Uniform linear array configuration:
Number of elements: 4
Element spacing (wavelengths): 1
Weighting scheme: hann
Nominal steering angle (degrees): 30
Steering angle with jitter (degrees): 30.301
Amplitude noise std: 0.05
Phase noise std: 0.05

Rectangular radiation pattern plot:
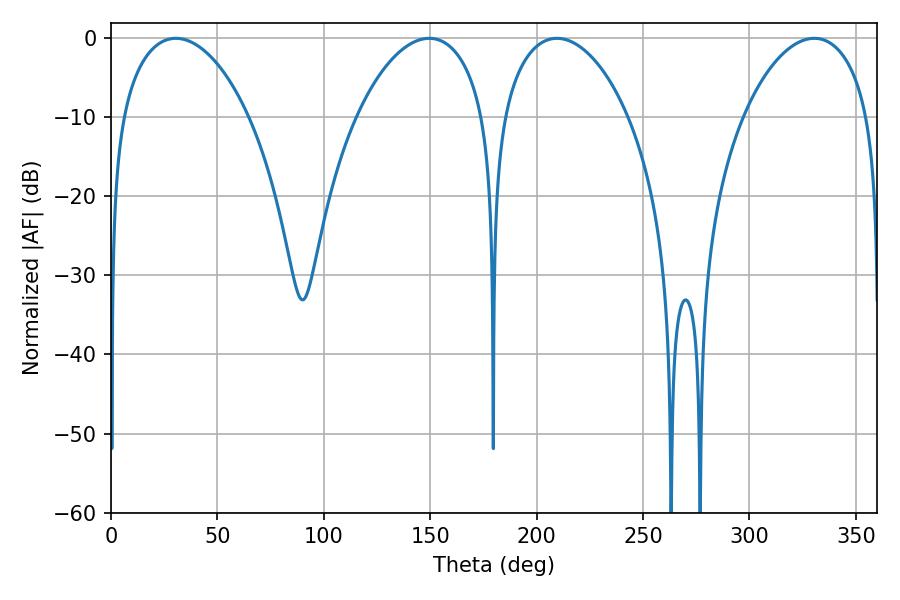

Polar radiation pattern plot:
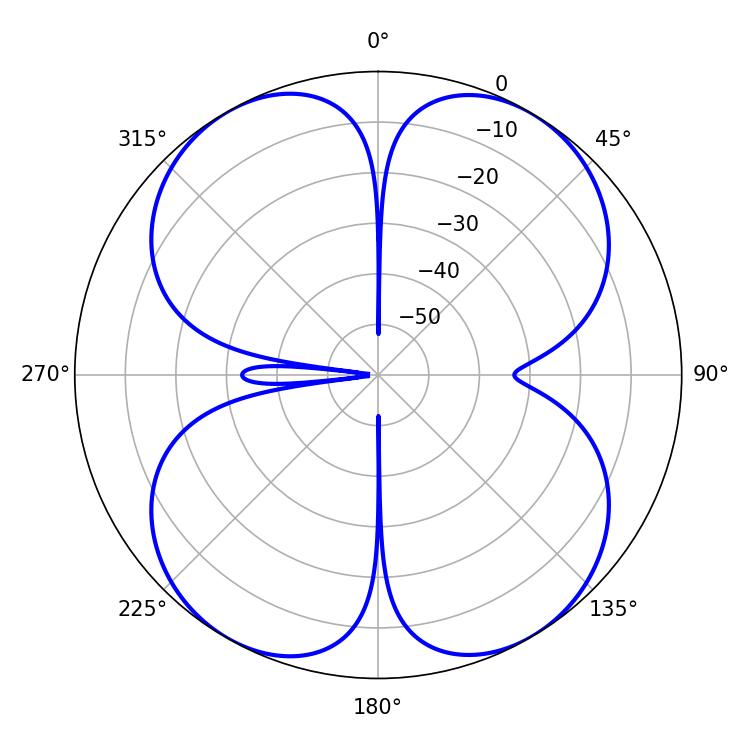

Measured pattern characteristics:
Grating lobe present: TRUE
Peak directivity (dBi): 18.308
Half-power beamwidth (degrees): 33.66
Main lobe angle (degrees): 330.48